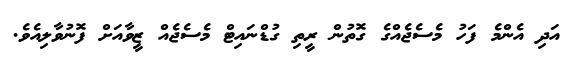
އަދި އެންމެ ފަހު މެސެޖެއްގެ ގޮތުން ރީތި ގުޑްނައިޓް މެސެޖެއް ޒީވާއަށް ފޮނުވާލިއެވެ.